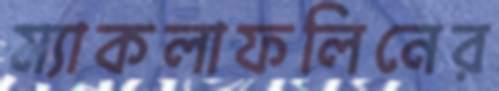
ম্যাকলাফলিনের